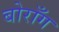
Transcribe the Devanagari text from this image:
बोराँग